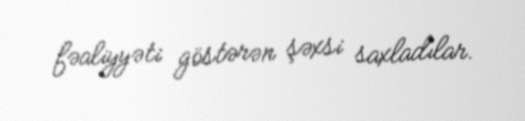
fəaliyyəti göstərən şəxsi saxladılar.